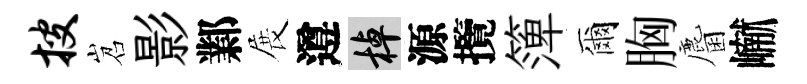
搜岧影鄴展遵棹源攬𥱼爾胸麕𪩘